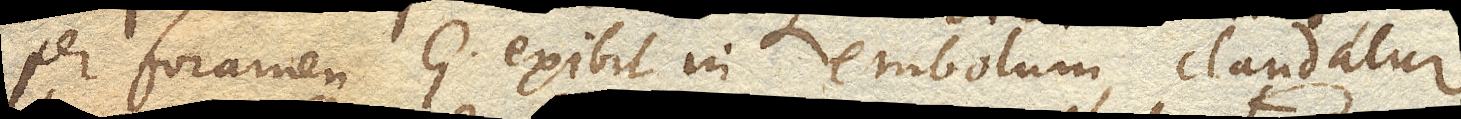
per foramen G. exibit in embolum, claudatur